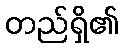
တည်ရှိ၏